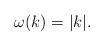
LaTeX: \begin{align*}\omega(k) = |k|.\end{align*}